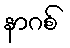
နာဂစ်